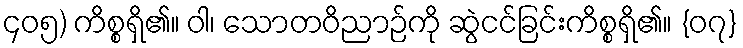
၄၀၅) ကိစ္စရှိ၏။ ဝါ၊ သောတဝိညာဉ်ကို ဆွဲငင်ခြင်းကိစ္စရှိ၏။ {၀၇}